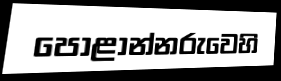
පොළාන්නරුවෙහි